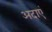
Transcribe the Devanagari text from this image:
अदाएं